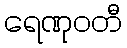
ရေဏုဝတီ